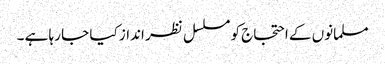
مسلمانوں کے احتجاج کو مسلسل نظر انداز کیا جا رہا ہے ۔